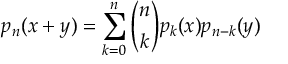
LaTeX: p _ { n } ( x + y ) = \sum _ { k = 0 } ^ { n } { \binom { n } { k } } p _ { k } ( x ) p _ { n - k } ( y )